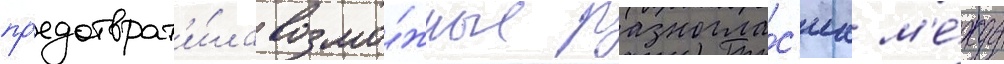
пр'едотврат'и́ла возмо́жные разногла́с'иа м'е́жду